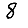
Digit: 8